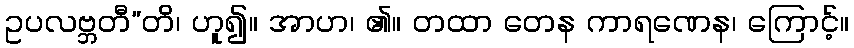
ဥပလဗ္ဘတီ”တိ၊ ဟူ၍။ အာဟ၊ ၏။ တထာ တေန ကာရဏေန၊ ကြောင့်။